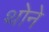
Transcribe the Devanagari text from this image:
थोने